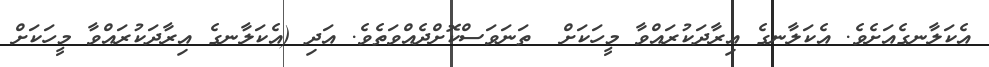
އެކަލާނގެއަށެވެ. އެކަލާނގެ އިރާދަކުރައްވާ މީހަކަށް  ތަނަވަސްކޮށްދެއްވަތެވެ. އަދި (އެކަލާނގެ އިރާދަކުރައްވާ މީހަކަށް